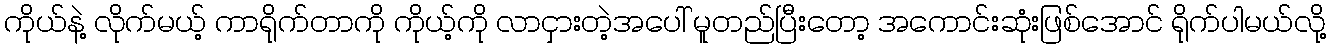
ကိုယ်နဲ့ လိုက်မယ့် ကာရိုက်တာကို ကိုယ့်ကို လာငှားတဲ့အပေါ် မူတည်ပြီးတော့ အကောင်းဆုံးဖြစ်အောင် ရိုက်ပါမယ်လို့